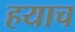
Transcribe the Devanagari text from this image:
हयाच